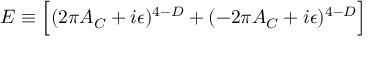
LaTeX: { \cal E } \equiv \Bigl [ ( 2 \pi { \cal A } _ { C } + i \epsilon ) ^ { 4 - D } + ( - 2 \pi { \cal A } _ { C } + i \epsilon ) ^ { 4 - D } \Bigr ]